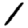
Digit: 1